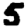
Digit: 5